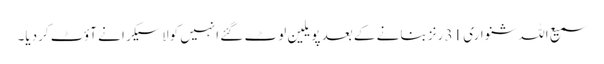
سمیع اللہ شنواری 31 رنز بنانے کے بعد پویلین لوٹ گئے انہیں کولاسیکرا نے آؤٹ کردیا۔